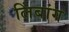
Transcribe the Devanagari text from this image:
लिंबांग